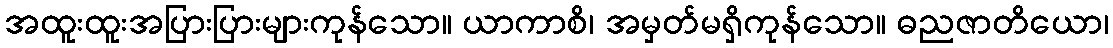
အထူးထူးအပြားပြားများကုန်သော။ ယာကာစိ၊ အမှတ်မရှိကုန်သော။ ဓညဇာတိယော၊